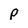
Character: p